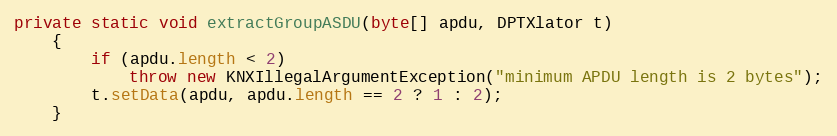
Language: Java
private static void extractGroupASDU(byte[] apdu, DPTXlator t)
	{
		if (apdu.length < 2)
			throw new KNXIllegalArgumentException("minimum APDU length is 2 bytes");
		t.setData(apdu, apdu.length == 2 ? 1 : 2);
	}